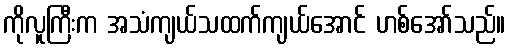
ကိုလူကြီးက အသံကျယ်သထက်ကျယ်အောင် ဟစ်အော်သည်။